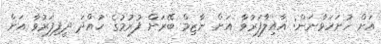
އަށް ހުށަހަޅާނަން: އާއިލާފަރުވާ އަށް ނާޒިމް ބޭރަށް ފުރުމުގެ ހުއްދަ ދީފިފަރުވާ އަށް